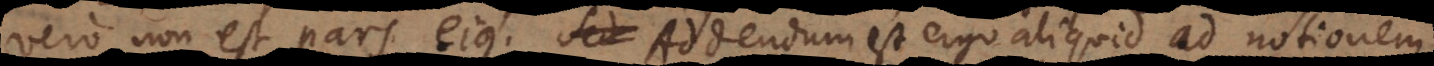
vero non est pars ejus. Addendum est ergo aliquid ad notionem